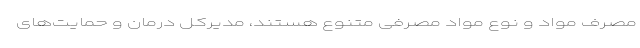
مصرف مواد و نوع مواد مصرفی متنوع هستند، مدیرکل درمان و حمایت‌های